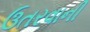
ઉતરવાની